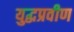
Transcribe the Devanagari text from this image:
युद्धप्रवीण